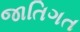
જાતિગત